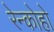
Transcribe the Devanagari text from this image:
रेन्कोहो